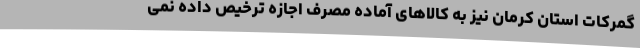
گمرکات استان کرمان نیز به کالاهای آماده مصرف اجازه ترخیص داده نمی